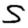
Digit: 5